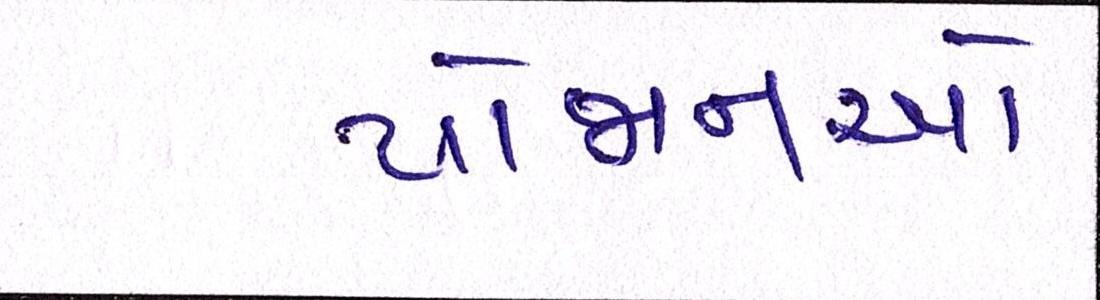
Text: યોજાનઓ